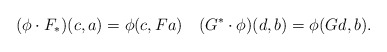
\begin{align*} (\phi\cdot F_*)(c,a)=\phi(c,Fa)\quad(G^*\cdot\phi)(d,b)=\phi(Gd,b).\end{align*}